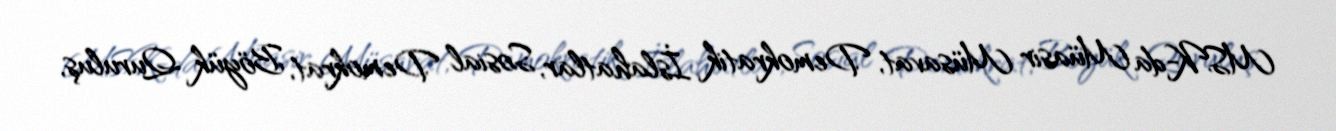
MSK-da Müasir Müsavat, Demokratik İslahatlar, Sosial Demokrat, Böyük Quruluş,